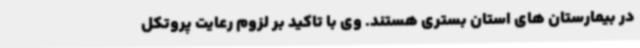
در بیمارستان های استان بستری هستند. وی با تاکید بر لزوم رعایت پروتکل